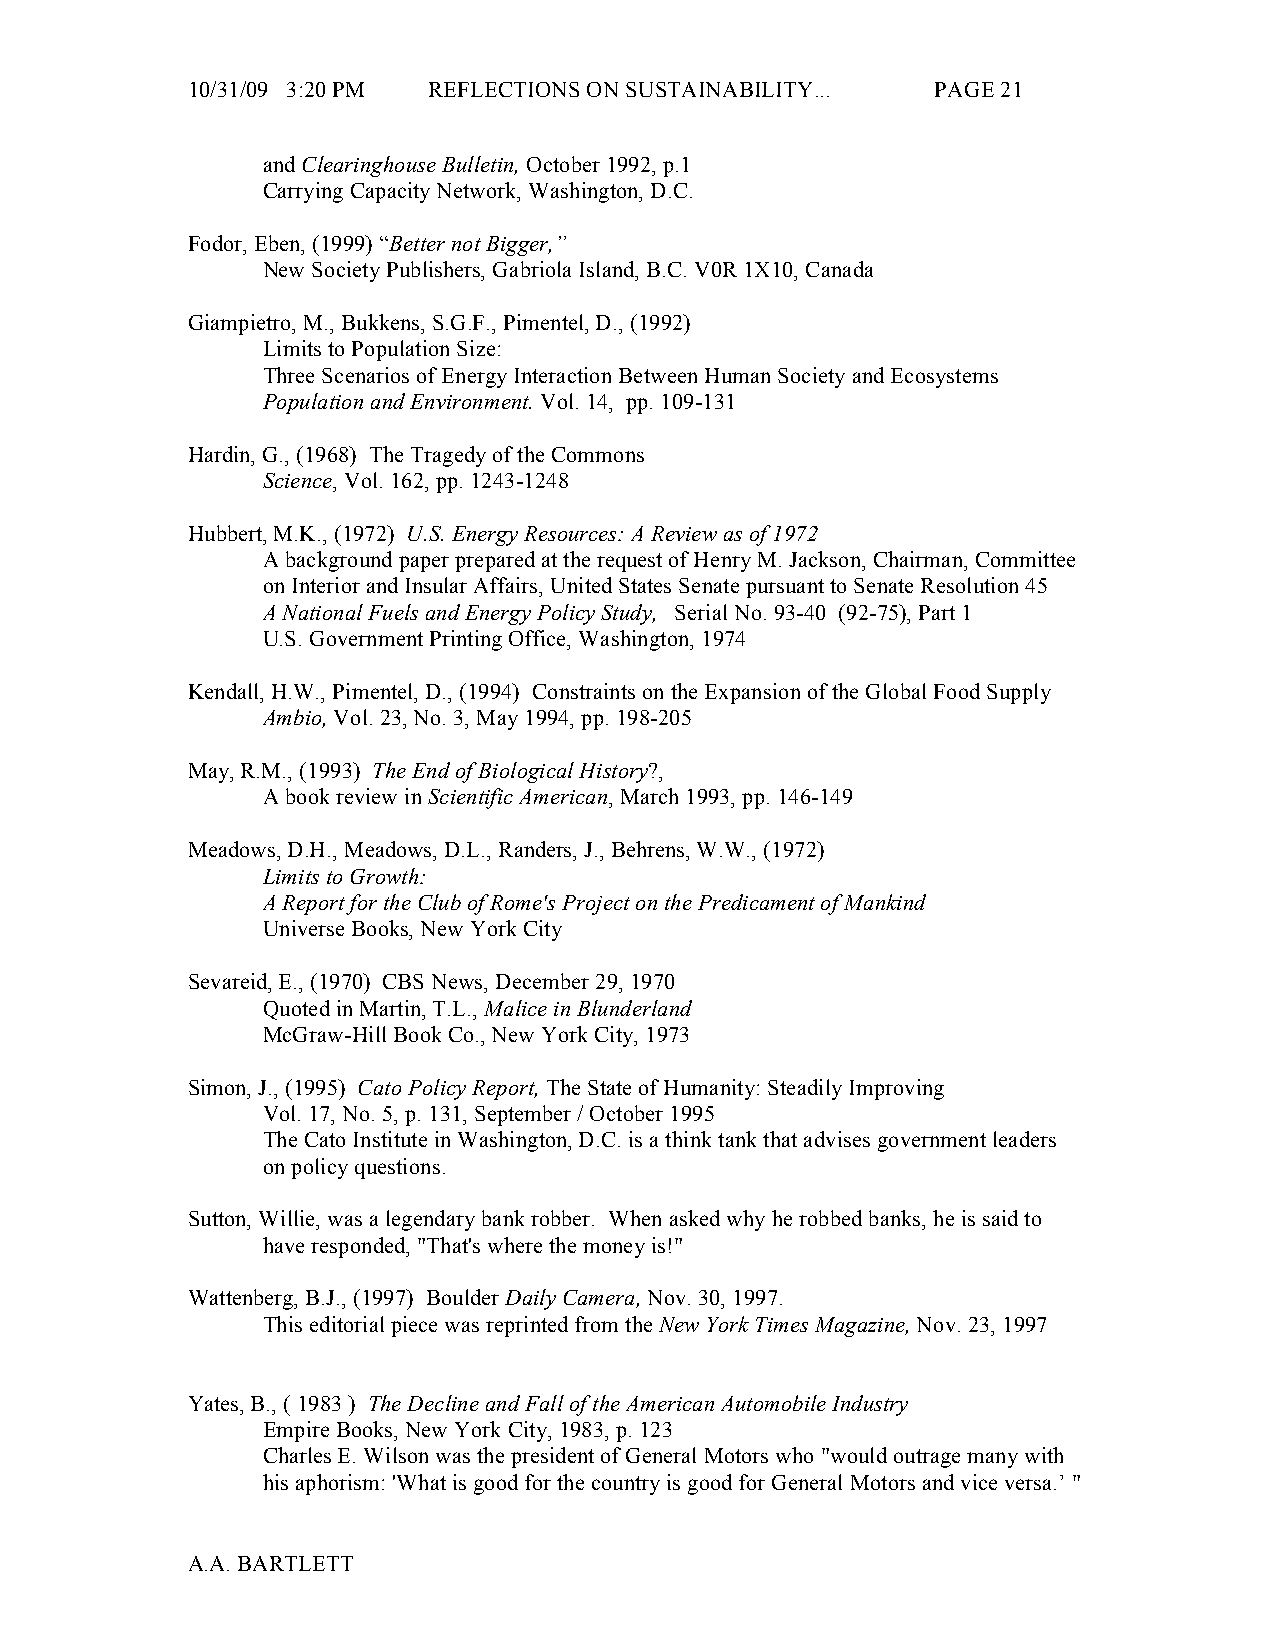
10/31/09 3:20 PM REFLECTIONS ON SUSTAINABILITY... PAGE 21
 and Clearinghouse Bulletin, October 1992, p.1
 Carrying Capacity Network, Washington, D.C.
 Fodor, Eben, (1999) “Better not Bigger,”
 New Society Publishers, Gabriola Island, B.C. V0R 1X10, Canada
 Giampietro, M., Bukkens, S.G.F., Pimentel, D., (1992)
 Limits to Population Size:
 Three Scenarios of Energy Interaction Between Human Society and Ecosystems
 Population and Environment. Vol. 14, pp. 109-131
 Hardin, G., (1968) The Tragedy of the Commons
 Science, Vol. 162, pp. 1243-1248
 Hubbert, M.K., (1972) U.S. Energy Resources: A Review as of 1972
 A background paper prepared at the request of Henry M. Jackson, Chairman, Committee
 on Interior and Insular Affairs, United States Senate pursuant to Senate Resolution 45
 A National Fuels and Energy Policy Study, Serial No. 93-40 (92-75), Part 1
 U.S. Government Printing Office, Washington, 1974
 Kendall, H.W., Pimentel, D., (1994) Constraints on the Expansion of the Global Food Supply
 Ambio, Vol. 23, No. 3, May 1994, pp. 198-205
 May, R.M., (1993) The End of Biological History?,
 A book review in Scientific American, March 1993, pp. 146-149
 Meadows, D.H., Meadows, D.L., Randers, J., Behrens, W.W., (1972)
 Limits to Growth:
 A Report for the Club of Rome's Project on the Predicament of Mankind
 Universe Books, New York City
 Sevareid, E., (1970) CBS News, December 29, 1970
 Quoted in Martin, T.L., Malice in Blunderland
 McGraw-Hill Book Co., New York City, 1973
 Simon, J., (1995) Cato Policy Report, The State of Humanity: Steadily Improving
 Vol. 17, No. 5, p. 131, September / October 1995
 The Cato Institute in Washington, D.C. is a think tank that advises government leaders
 on policy questions.
 Sutton, Willie, was a legendary bank robber. When asked why he robbed banks, he is said to
 have responded, "That's where the money is!"
 Wattenberg, B.J., (1997) Boulder Daily Camera, Nov. 30, 1997.
 This editorial piece was reprinted from the New York Times Magazine, Nov. 23, 1997
 Yates, B., ( 1983 ) The Decline and Fall of the American Automobile Industry
 Empire Books, New York City, 1983, p. 123
 Charles E. Wilson was the president of General Motors who "would outrage many with
 his aphorism: 'What is good for the country is good for General Motors and vice versa.’ "
 A.A. BARTLETT